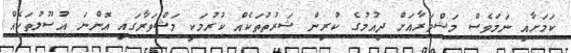
ކަމަށާއި ނަމަވެސް މަޝްވަރާއަށް ދިއުމުގެ ކުރިން ޝަރުތުތަކެއް ކުރުމަކީ މަޝްްވަރާގައި އޮންނަ އުސޫލުތަކެއް